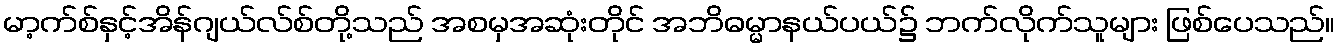
မာ့က်စ်နှင့်အိန်ဂျယ်လ်စ်တို့သည် အစမှအဆုံးတိုင် အဘိဓမ္မာနယ်ပယ်၌ ဘက်လိုက်သူများ ဖြစ်ပေသည်။